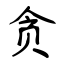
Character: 贪